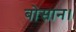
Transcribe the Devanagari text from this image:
बोसान।